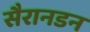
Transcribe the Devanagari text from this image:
सैरानडन